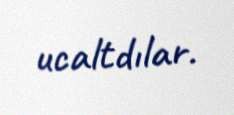
ucaltdılar.